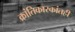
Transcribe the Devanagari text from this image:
क्रांतिकारकांतही